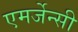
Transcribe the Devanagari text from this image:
एमर्जेन्सी